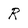
Character: R